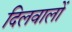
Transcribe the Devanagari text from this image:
दिलवालों